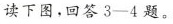
读下图，回答3-4题。